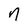
Character: n